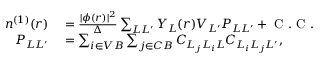
\begin{array} { r l } { n ^ { ( 1 ) } ( r ) } & { { } = \frac { | \phi ( r ) | ^ { 2 } } { \Delta } \sum _ { L L ^ { \prime } } Y _ { L } ( r ) V _ { L ^ { \prime } } P _ { L L ^ { \prime } } + \mathrm { ~ C ~ . ~ C ~ . ~ } } \\ { P _ { L L ^ { \prime } } } & { { } = \sum _ { i \in V B } \sum _ { j \in C B } C _ { L _ { j } L _ { i } L } C _ { L _ { i } L _ { j } L ^ { \prime } } , } \end{array}